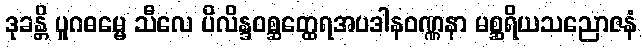
ဒုခန္တိ ပူဂဓမ္မေ သီလေ ပိလိန္ဒဝစ္ဆတ္ထေရအပဒါနဝဏ္ဏနာ မစ္ဆရိယသညောဇနံ